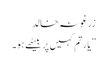
زرغونہ خالد
”یارتم کہیں پر بیٹھے ہو۔